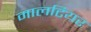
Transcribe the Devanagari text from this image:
मालटियर